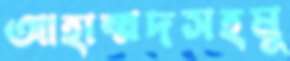
আহাম্মদসহমু